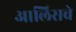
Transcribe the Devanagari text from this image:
आलिसचे